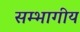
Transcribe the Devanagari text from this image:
सम्भागीय